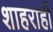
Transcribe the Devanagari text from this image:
शाहराहीं